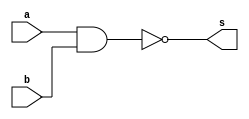
// ------------------------- 
// Ex01  - NAND 
// Nome: Igor 
// ------------------------- 
// ------------------------- 
// -- nand gate 
// ------------------------- 

	module nandgate ( output s,input a,input b); 
	assign s = ~(a&b); 
	endmodule // nandgate 

// --------------------- 
// -- test nand gate 
// ---------------------
	module testnandgate; 

// ------------------------- dados locais 
	
	reg a, b; // entrada 
	wire s; //saida 

// ------------------------- instancia 
	
	nandgate NAND1 (s, a, b); 

// ------------------------- preparacao 

	initial begin:start 
	a=0; b=0; 
	end 

// ------------------------- parte principal 
	
	initial begin 
	$display("Ex01 - Igor Thadeu - 396704"); 
	$display("Test NAND gate"); 
	$display("\na & b = s\n"); 
	a=0; b=0; 
	#1 $display("%b & %b = %b", a, b, s); 
	a=0; b=1; 
	#1 $display("%b & %b = %b", a, b, s); 
	a=1; b=0; 
	#1 $display("%b & %b = %b", a, b, s); 
	a=1; b=1; 
	#1 $display("%b & %b = %b", a, b, s); 
	end 
	endmodule // testandgate